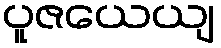
ပူဇယေယျ